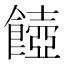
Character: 𩞵